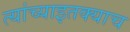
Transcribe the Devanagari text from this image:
त्यांच्याइतक्याच